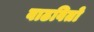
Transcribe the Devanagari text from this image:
वाढवितो